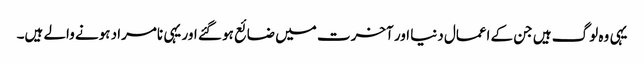
یہی وہ لوگ ہیں جن کے اعمال دنیا اور آخرت میں ضائع ہو گئے اور یہی نامراد ہونے والے ہیں۔